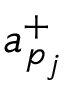
a _ { p _ { j } } ^ { + }